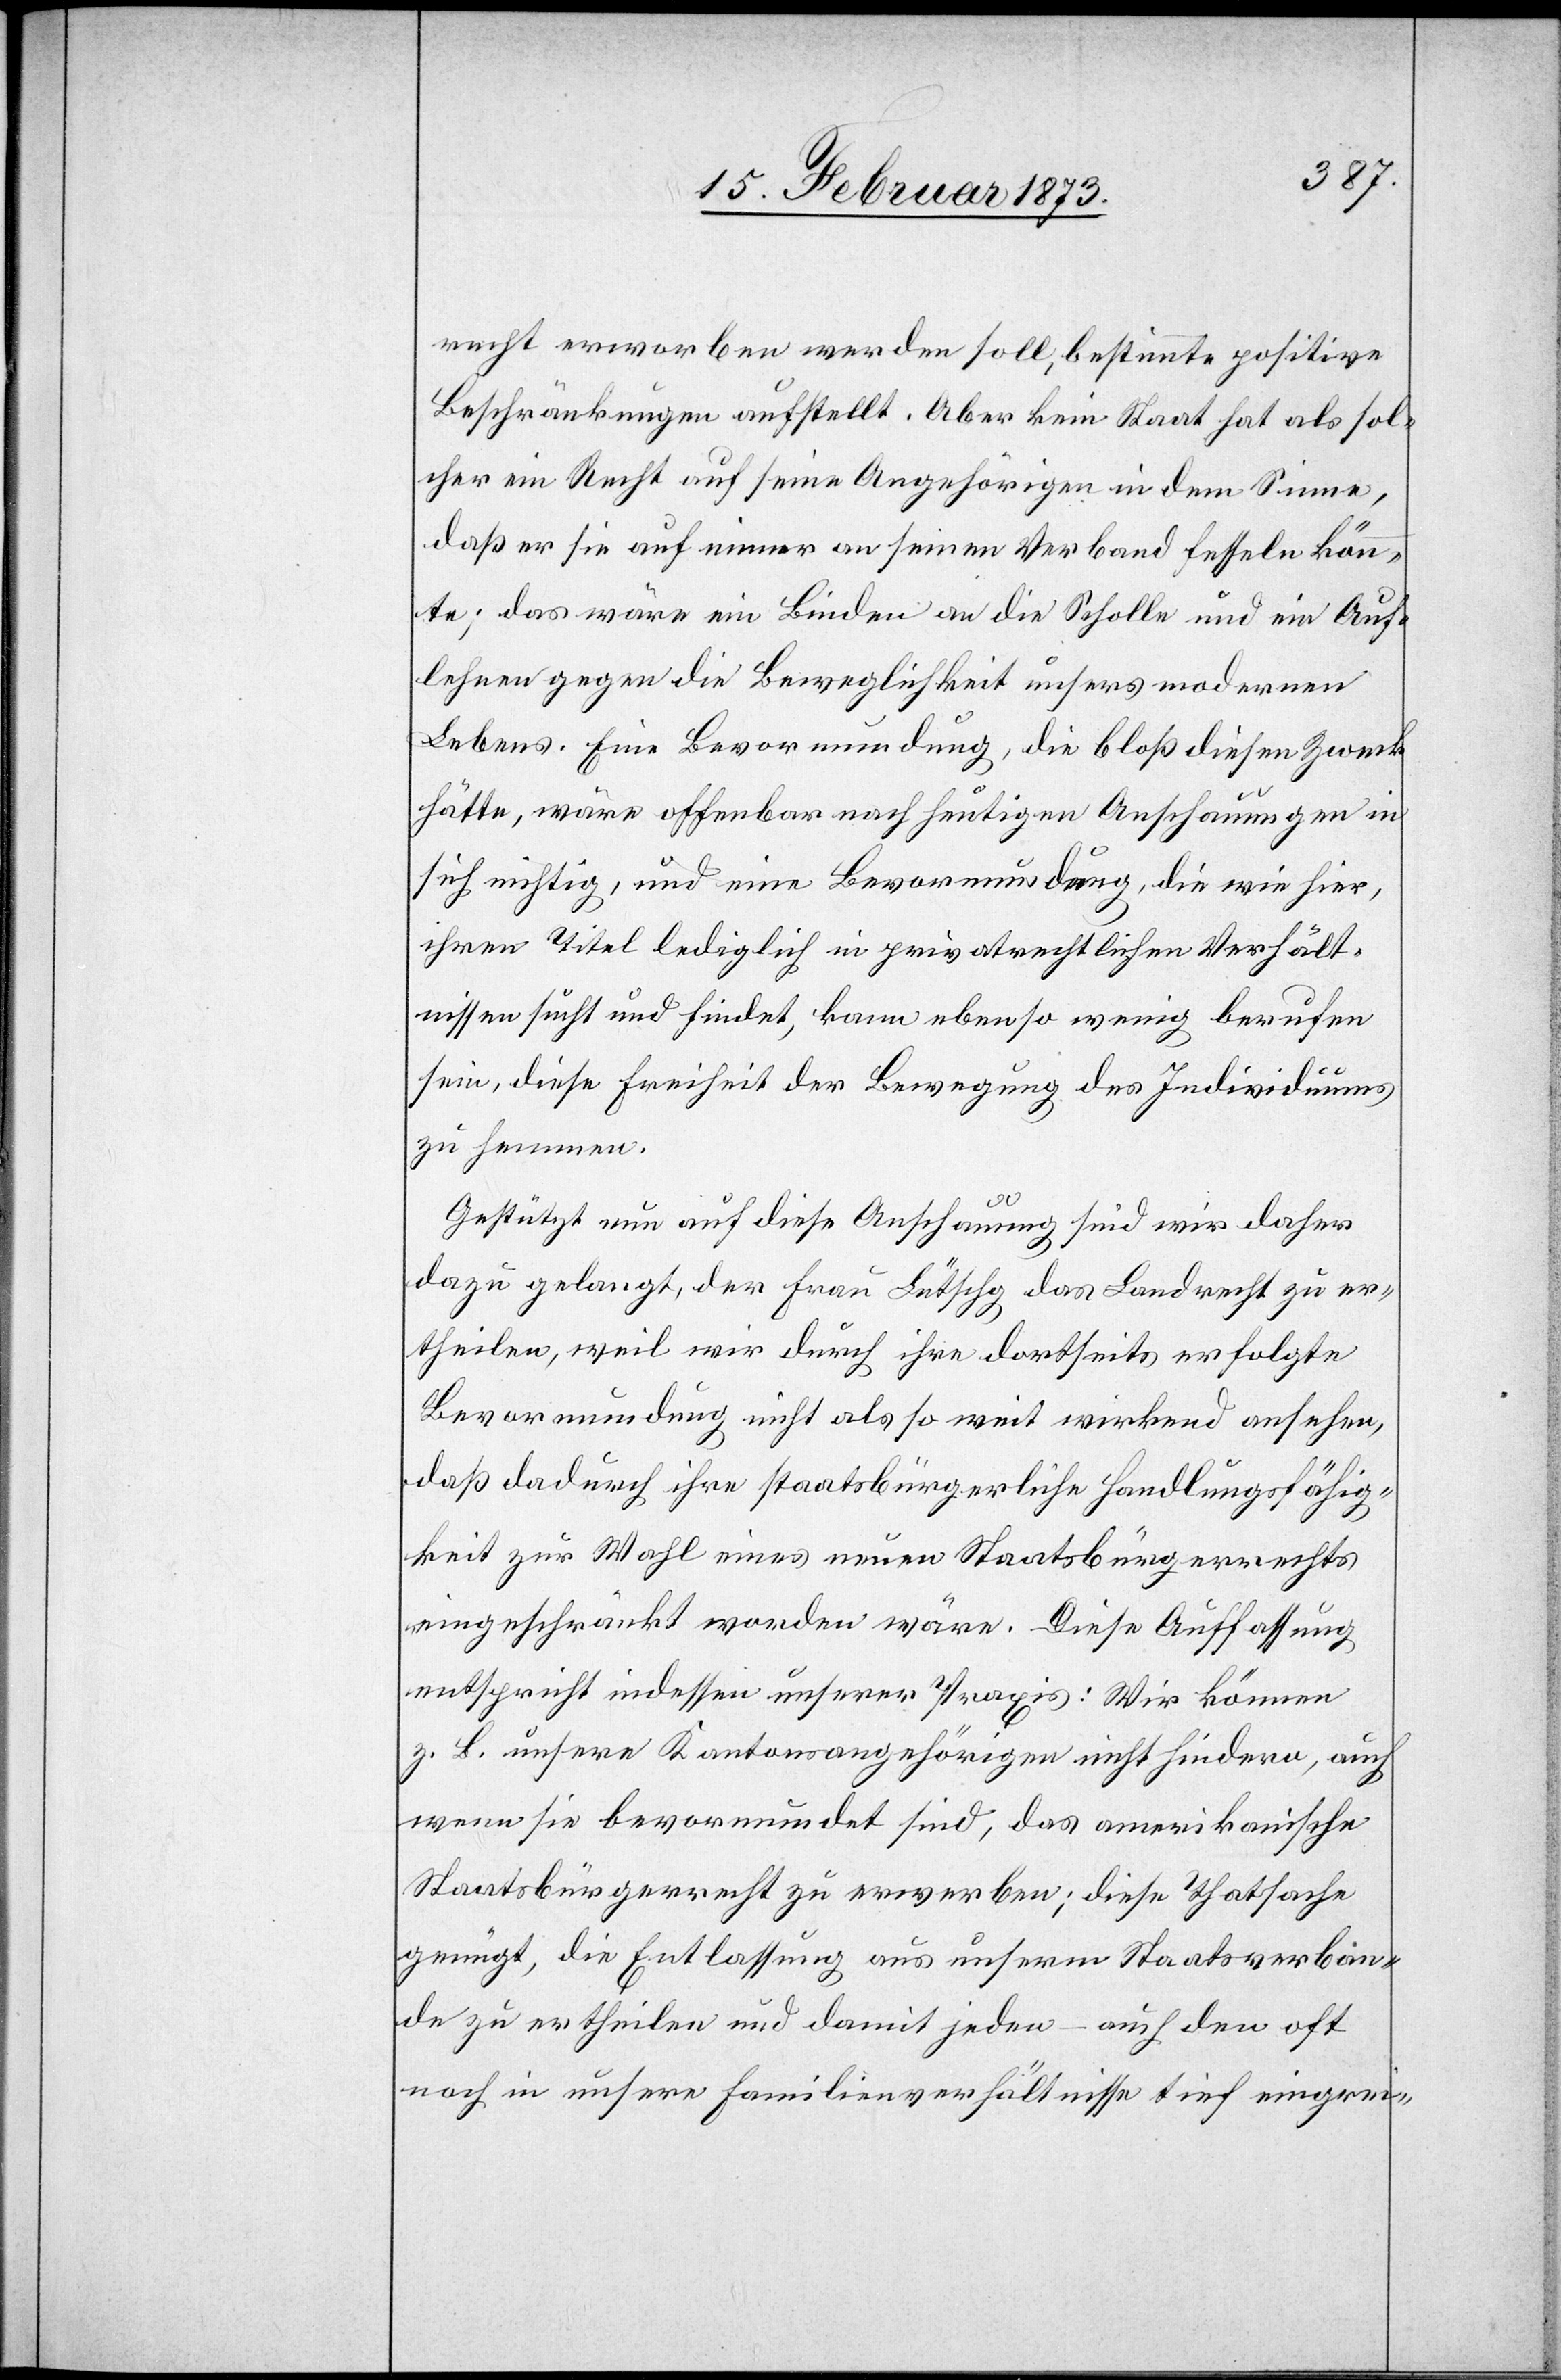
recht erworben werden soll, bestimmte positive
Beschränkungen aufstellt. Aber kein Staat hat als sol¬
cher ein Recht auf seine Angehörigen in dem Sinne,
daß er sie auf immer an seinen Verband fesseln könn¬
te; das wäre ein Binden an die Scholle und ein Auf¬
lehnen gegen die Beweglichkeit unsers modernen
Lebens. Eine Bevormundung, die bloß diesen Zweck
hätte, wäre offenbar nach heutigen Anschauungen in
sich nichtig, und eine Bevormundung, die wie hier,
ihren Titel lediglich in privatrechtlichen Verhält¬
nissen sucht und findet, kann ebenso wenig berufen
sein, diese Freiheit der Bewegung des Individuums
zu hemmen.
Gestützt nun auf diese Anschauung sind wir daher
dazu gelangt, der Frau Lütschg das Landrecht zu er¬
theilen, weil wir durch ihre dortseits erfolgte
Bevormundung nicht als so weit wirkend ansehen,
daß dadurch ihre staatsbürgerliche Handlungsfähig¬
keit zur Wahl eines neuen Staatsbürgerrechts
eingeschränkt worden wäre. Diese Auffassung
entspricht indessen unserer Praxis: Wir können
z. B. unsere Kantonsangehörigen nicht hindern, auch
wenn sei bevormundet sind, das amerikanische
Staatsbürgerrecht zu erwerben; diese Thatsache
genügt, die Entlassung aus unserm Staatsverban¬
de zu ertheilten und damit jeden – auch den oft
noch in unsere Familienverhältnisse tief eingrei-